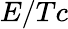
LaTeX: E/Tc